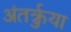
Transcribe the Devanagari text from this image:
अंतर्क्रुया